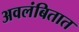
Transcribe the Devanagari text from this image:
अवलंबितात